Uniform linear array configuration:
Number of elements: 64
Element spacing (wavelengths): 0.25
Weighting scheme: uniform
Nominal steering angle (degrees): -30
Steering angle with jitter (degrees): -29.024
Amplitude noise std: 0.05
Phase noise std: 0.05

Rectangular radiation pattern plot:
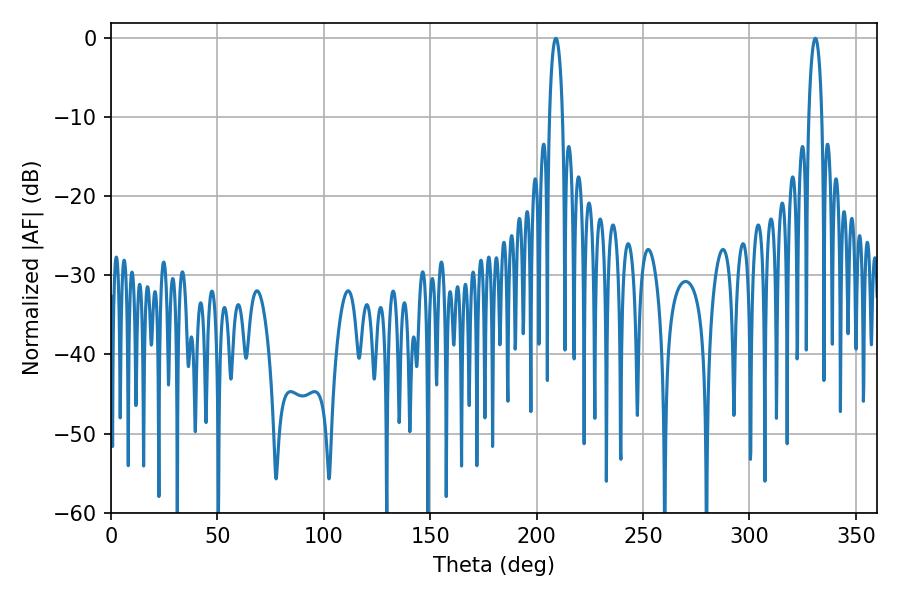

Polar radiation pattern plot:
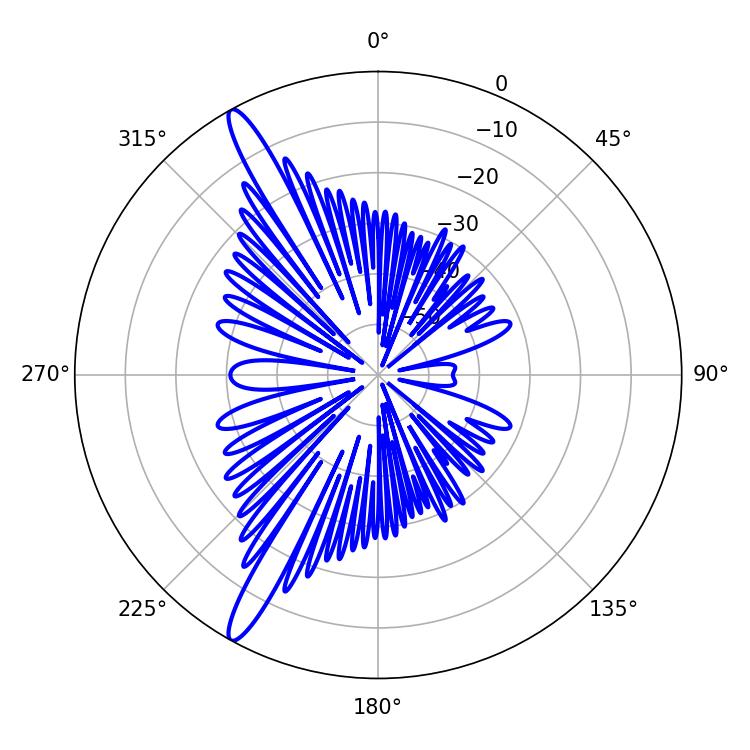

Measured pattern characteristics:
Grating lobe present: FALSE
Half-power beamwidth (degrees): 3.42
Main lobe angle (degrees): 208.98